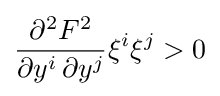
{\frac {\partial ^{2}F^{2}}{\partial y^{i}\,\partial y^{j}}}\xi ^{i}\xi ^{j}>0